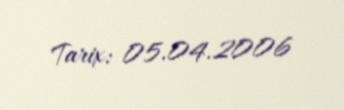
Tarix: 05.04.2006